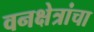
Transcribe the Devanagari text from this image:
वनक्षेत्रांचा